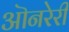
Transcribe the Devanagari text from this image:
ऒनरेरी